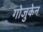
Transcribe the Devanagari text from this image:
गोजुकेन